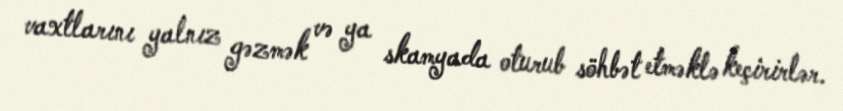
vaxtlarını yalnız gəzmək və ya skamyada oturub söhbət etməklə keçirirlər.